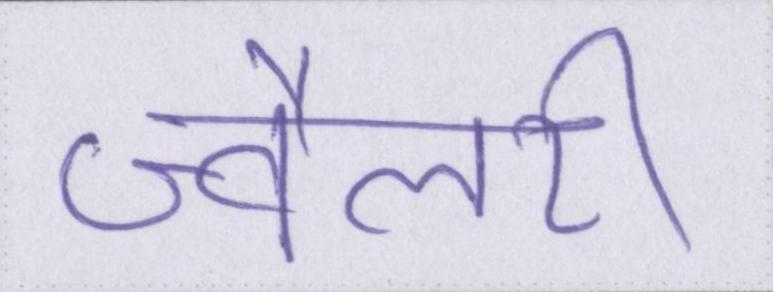
ज्वैलरी